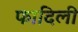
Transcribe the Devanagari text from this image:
फादिली